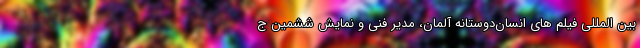
بین المللی فیلم های انسان‌دوستانه آلمان، مدیر فنی و نمایش ششمین ج